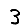
Digit: 3